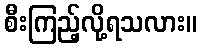
စီးကြည့်လို့ရသလား။